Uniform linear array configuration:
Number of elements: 16
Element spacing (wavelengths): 1
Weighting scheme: hann
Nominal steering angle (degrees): -15
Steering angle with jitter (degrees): -13.606
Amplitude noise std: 0.05
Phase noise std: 0.05

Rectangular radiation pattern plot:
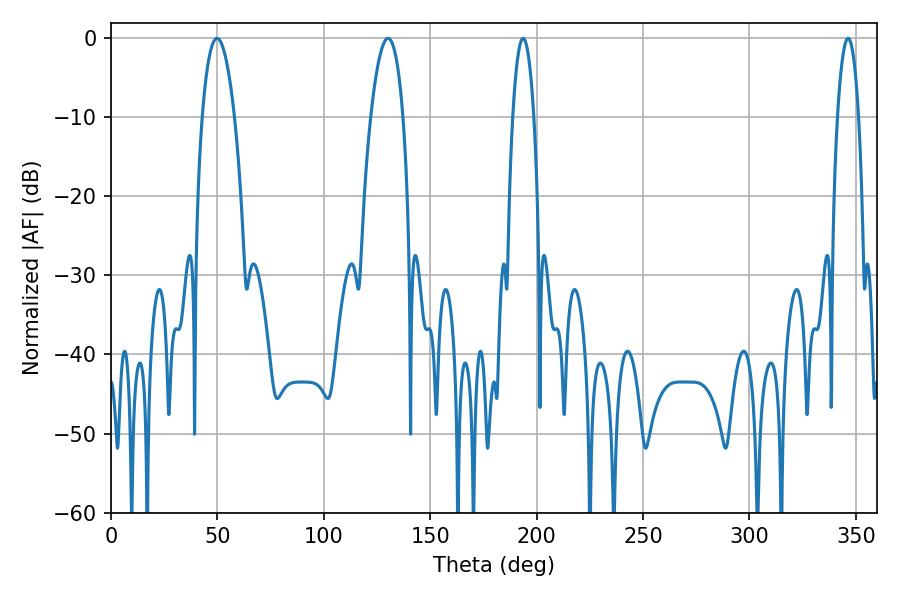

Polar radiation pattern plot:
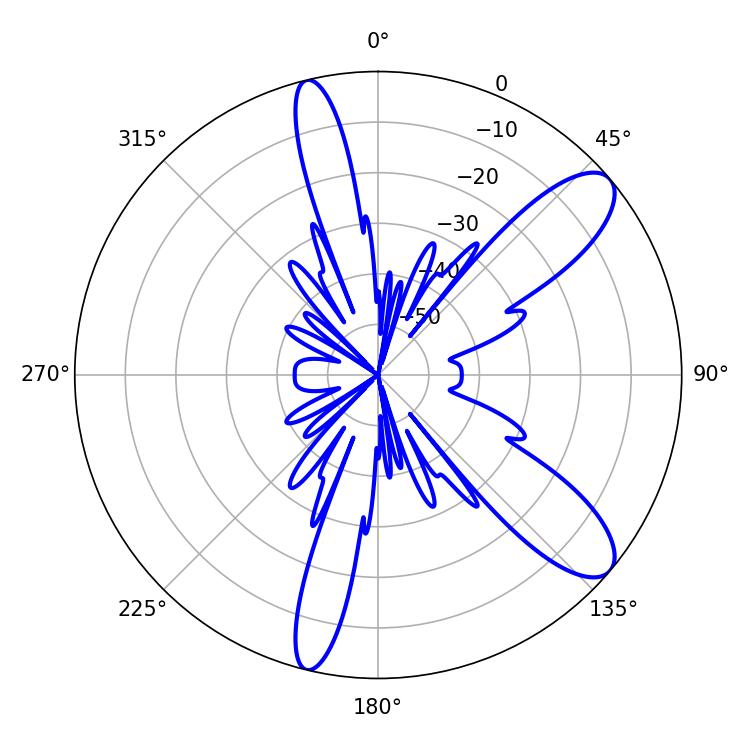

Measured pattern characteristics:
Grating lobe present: TRUE
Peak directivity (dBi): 10.169
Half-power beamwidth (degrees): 5.4
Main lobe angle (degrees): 346.32